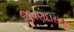
જીવણદાસજી